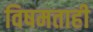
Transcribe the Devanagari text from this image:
विषमताही